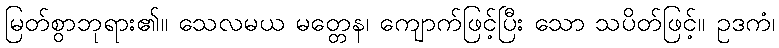
မြတ်စွာဘုရား၏။ သေလမယ မတ္တေန၊ ကျောက်ဖြင့်ပြီး သော သပိတ်ဖြင့်။ ဥဒကံ၊